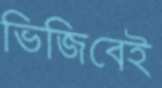
ভিজিবেই